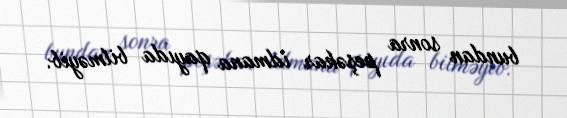
bundan sonra peşəkar idmana qayıda bilməyib.